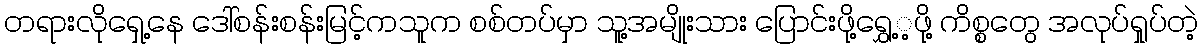
တရားလိုရှေ့နေ ဒေါ်စန်းစန်းမြင့်ကသူက စစ်တပ်မှာ သူ့အမျိုးသား ပြောင်းဖို့ရွှေ့့ဖို့ ကိစ္စတွေ အလုပ်ရှုပ်တဲ့